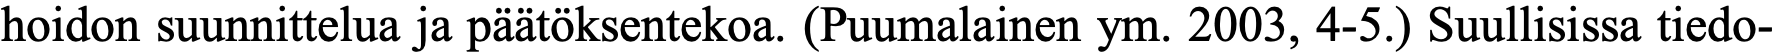
hoidon suunnittelua ja päätöksentekoa. (Puumalainen ym. 2003, 4-5.) Suullisissa tiedo-